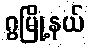
ဂွမြို့နယ်